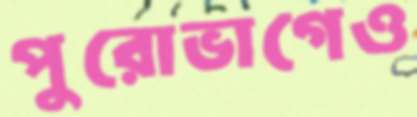
পুরোভাগেও